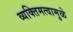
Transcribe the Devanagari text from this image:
व्यक्तिमत्वामुळे